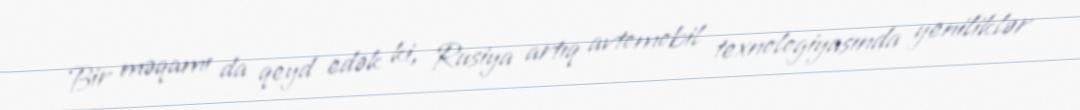
Bir məqamı da qeyd edək ki, Rusiya artıq avtomobil texnologiyasında yeniliklər